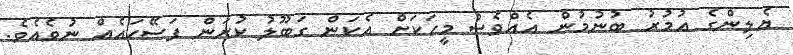
ޔެލިންގެ އުމުރު ބުނުމުން އެއްވެސް މީހަކަށް އެކަން ގަބޫލު ކުރަން ފަސޭހައެއް ނުވެއެވެ.